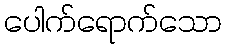
ပေါက်ရောက်သော